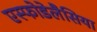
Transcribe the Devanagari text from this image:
एस्फोडेलैसिया